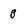
Character: g